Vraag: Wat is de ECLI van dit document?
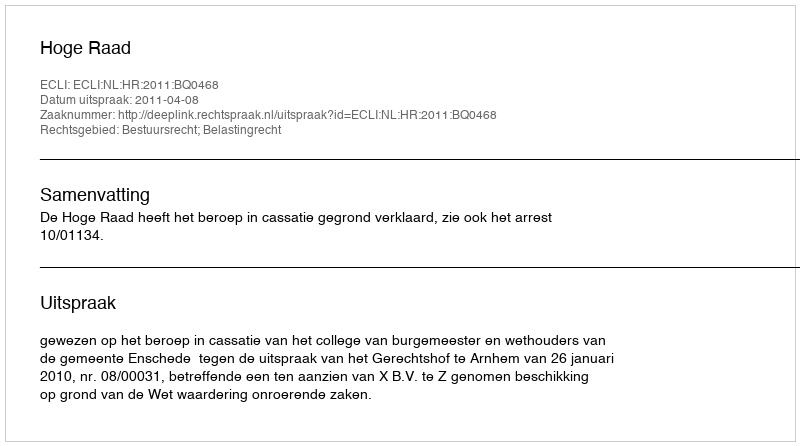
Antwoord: ECLI:NL:HR:2011:BQ0468